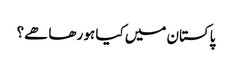
پاکستان میں کیا ہو رھا ھے؟